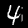
Label: 4